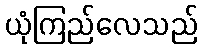
ယုံကြည်လေသည်